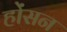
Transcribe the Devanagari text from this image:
होंसन